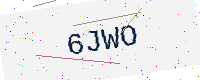
Text: 6JWO